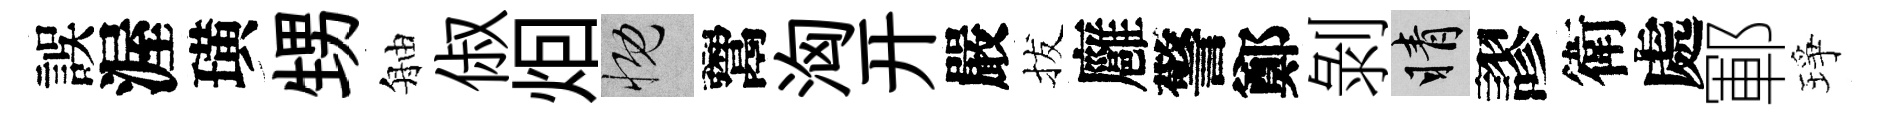
誤渥璜甥舳俶𤇆慨鬻洶开嚴拔廱警鄭剝睛謬衛處鄆琤